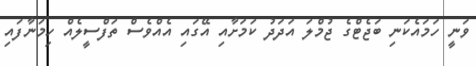
ވަނީ ހަމައެކަނި ބަޖެޓްގެ ޖުމްލަ އަދަދު ކަމަށާއި އޭގައި އެއްވެސް ތަފްސީލެއް ހިމަނާފައި